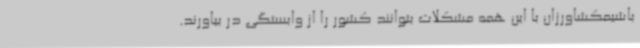
باشیمکشاورزان با این همه مشکلات بتوانند کشور را از وابستگی در بیاورند.